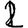
Digit: 2